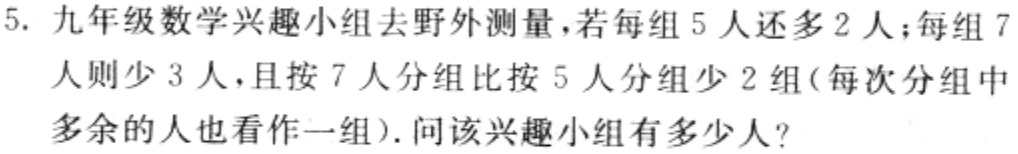
5. 九年级数学兴趣小组去野外测量，若每组5人还多2人；每组7人则少3人，且按7人分组比按5人分组少2组(每次分组中多余的人也看作一组). 问该兴趣小组有多少人?